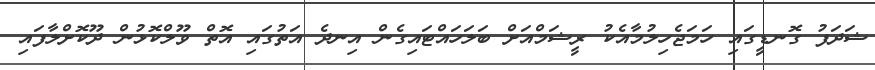
ޝަދަފު ގޮނޑީގައި ހަމަޖެހިލުމާއެކު ރީޝަމްއަށް ބަލަހައްޓައިގެން އިނދެ އަތުގައި އޮތް ވޫލްކޮޅުން ދޫކޮށްލާފައި